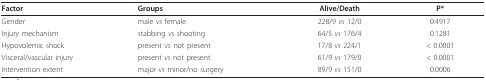
<table><thead><tr><td><b>Factor</b></td><td><b>Groups</b></td><td><b>Alive/Death</b></td><td><b>P*</b></td></tr></thead><tbody><tr><td>Gender</td><td>male <i>vs </i>female</td><td>228/9 <i>vs </i>12/0</td><td>0.4917</td></tr><tr><td>Injury mechanism</td><td>stabbing <i>vs </i>shooting</td><td>64/5 <i>vs </i>176/4</td><td>0.1281</td></tr><tr><td>Hypovolemic shock</td><td>present vs not present</td><td>17/8 <i>vs </i>224/1</td><td>&lt; 0.0001</td></tr><tr><td>Visceral/vascular injury</td><td>present <i>vs </i>not present</td><td>61/9 <i>vs </i>179/0</td><td>&lt; 0.0001</td></tr><tr><td>Intervention extent</td><td>major <i>vs </i>minor/no surgery</td><td>89/9 <i>vs </i>151/0</td><td>0.0006</td></tr></tbody></table>